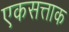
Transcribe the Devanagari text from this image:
एकसत्ताक